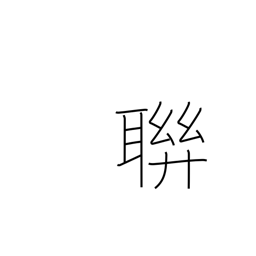
Meaning: clique